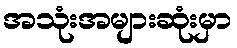
အသုံးအများဆုံးမှာ